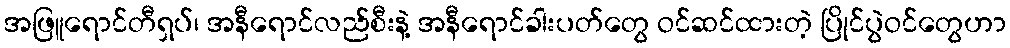
အဖြူရောင်တီရှပ်၊ အနီရောင်လည်စီးနဲ့ အနီရောင်ခါးပတ်တွေ ဝင်ဆင်ထားတဲ့ ပြိုင်ပွဲဝင်တွေဟာ